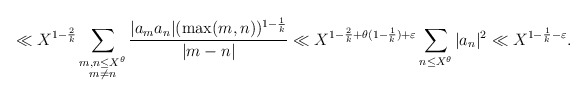
\begin{align*} \ll X^{1-\frac{2}{k}} \sum_{\substack{m,n \le X^{\theta} \\ m \ne n}} \frac{|a_m a_n| (\max(m,n))^{1-\frac1k}}{|m - n|} \ll X^{1-\frac{2}{k}+\theta(1-\frac1k)+\varepsilon} \sum_{n \le X^{\theta}} |a_n|^2 \ll X^{1-\frac1k-\varepsilon}.\end{align*}